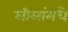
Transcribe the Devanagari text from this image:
लीलांमधे